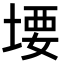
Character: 㙘